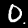
Digit: 0